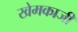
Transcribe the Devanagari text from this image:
खेमकाजी